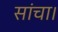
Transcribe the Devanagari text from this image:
सांचा।